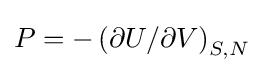
P=-\left(\partial U/\partial V\right)_{S,N}